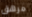
مرهق